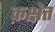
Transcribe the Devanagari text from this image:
क़क्षेत